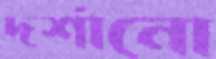
দর্শানো